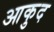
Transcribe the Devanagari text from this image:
आकुद